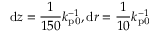
\mathrm { d } z = \frac { 1 } { 1 5 0 } k _ { \mathrm { p 0 } } ^ { - 1 } , \mathrm { d } r = \frac { 1 } { 1 0 } k _ { \mathrm { p 0 } } ^ { - 1 }